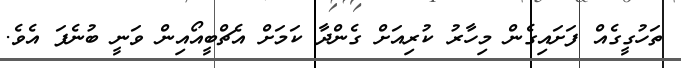
ތަހުގީގެއް ފަށައިގެން މިހާރު ކުރިއަށް ގެންދާ ކަމަށް އެޗްބީއޯއިން ވަނީ ބުނެފަ އެވެ.